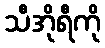
သီအိုရီကို